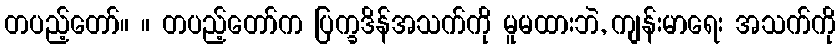
တပည့်တော်။ ။ တပည့်တော်က ပြက္ခဒိန်အသက်ကို မူမထားဘဲ, ကျန်းမာရေး အသက်ကို